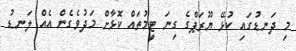
މި ދަނޑުގައި ކުޅޭ ޔޫރަޕްގެ ގިނަ ޓީމުތައް ކޮޅާށް މަދުވެގެން އެއް ލަނޑު